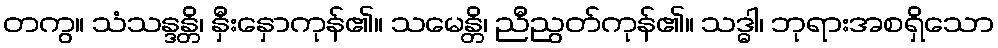
တကွ။ သံသန္ဒန္တိ၊ နှီးနှောကုန်၏။ သမေန္တိ၊ ညီညွတ်ကုန်၏။ သဒ္ဓါ၊ ဘုရားအစရှိသော